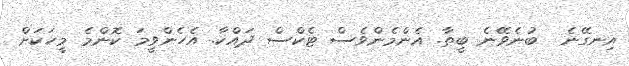
އިނގޭނެ  ބުނެވޭނެ ބީތާ. އެންމެންވެސް ޓެކްސް ދައްކާ. އެހެންވީމަ ކޮންމެ މީހަކަށް